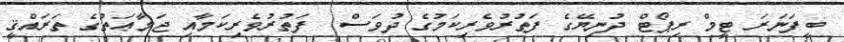
ބީފަނަރަ ޓީމް ރިޕޯޓް ދުނިޔޭގެ ފަތުރުވެރިކަމުގެ ދުވަސް  ފަތުރުވެރިކަމާއި ޖަމާޢަތުގެ ތަރައްޤީ